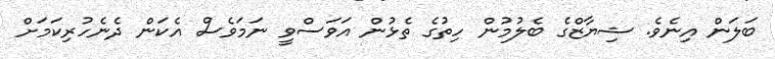
ބަލަން އިނެވެ. ޝިޔާޒްގެ ބެލުމުން ހިތުގެ ތެޅުން އަވަސްވީ ނަމަވެސް އެކަން ދެނެހުރިކަމަށް